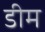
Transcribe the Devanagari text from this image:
डीम